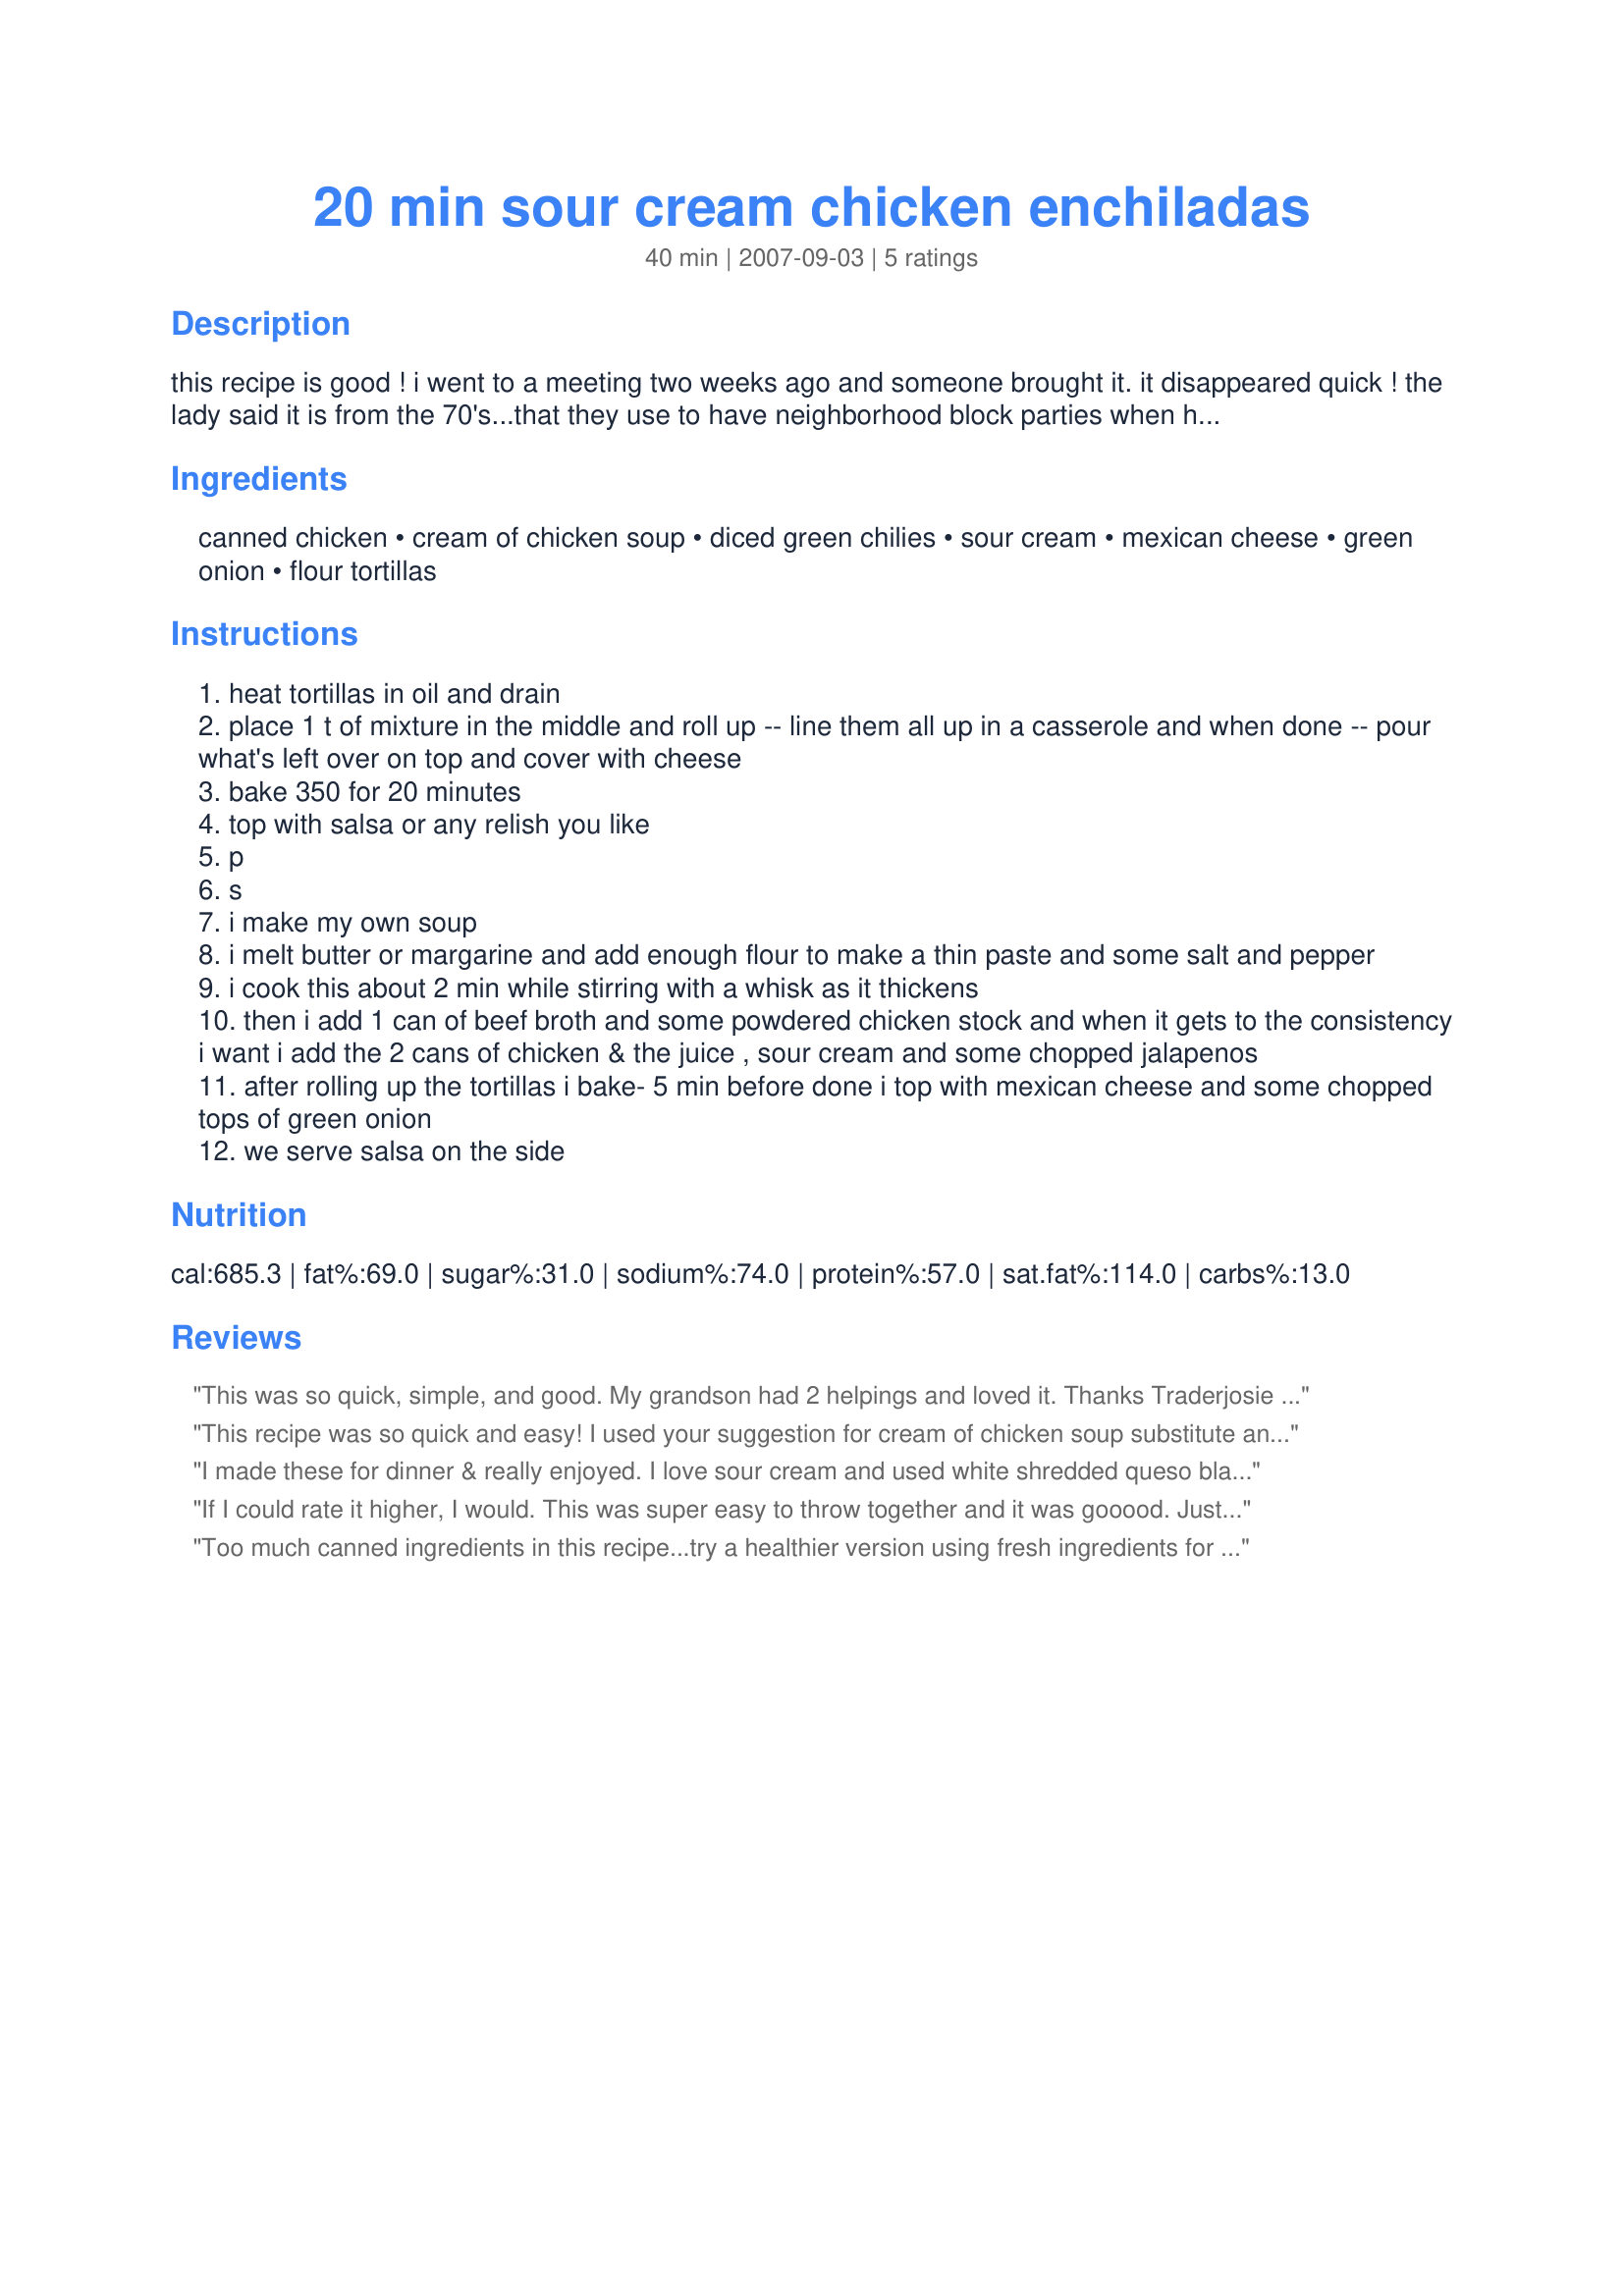
20 min sour cream chicken enchiladas
Preparation time: 40 minutes

this recipe is good ! i went to a meeting two weeks ago and someone brought it. it disappeared quick ! the lady said it is from the 70's...that they use to have neighborhood block parties when her children were babies and someone shared it....enjoy!!!

Ingredients:
canned chicken, cream of chicken soup, diced green chilies, sour cream, mexican cheese, green onion, flour tortillas

Steps:
heat tortillas in oil and drain
place 1 t of mixture in the middle and roll up -- line them all up in a casserole and when done -- pour what's left over on top and cover with cheese
bake 350 for 20 minutes
top with salsa or any relish you like
p
s
i make my own soup
i melt butter or margarine and add enough flour to make a thin paste and some salt and pepper
i cook this about 2 min while stirring with a whisk as it thickens
then i add 1 can of beef broth and some powdered chicken stock and when it gets to the consistency i want i add the 2 cans of chicken & the juice , sour cream and some chopped jalapenos
after rolling up the tortillas i bake- 5 min before done i top with mexican cheese and some chopped tops of green onion
we serve salsa on the side

Reviews:
This was so quick, simple, and good. My grandson had 2 helpings and loved it. Thanks Traderjosie for sharing. Made for Cookbook Tag.
This recipe was so quick and easy! I used your suggestion for cream of chicken soup substitute and used about 12 ounces water with chicken bouillion to make the soup. I used about 3 Tbsp. filling in each tortilla and had some queso that I needed to use, so I put part sour cream and part queso. Thanks for this quick and simple recipe that I can whip up in no time!!
I made these for dinner & really enjoyed. I love sour cream and used white shredded queso blanco cheese. Yum! Super easy as well!
If I could rate it higher, I would. This was super easy to throw together and it was gooood. Just made another one to put in the freezer.
Too much canned ingredients in this recipe...try a healthier version using fresh ingredients for your family.
